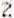
2